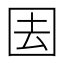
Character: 𭍝